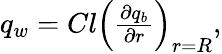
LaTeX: \begin{array}{r}{q_{w}=Cl\left(\frac{\partial q_{b}}{\partial r}\right)_{r=R},}\end{array}